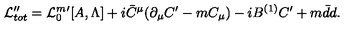
{ \cal L } _ { t o t } ^ { \prime \prime } = { \cal L } _ { 0 } ^ { m } { } ^ { \prime } [ A , \Lambda ] + i \bar { C } ^ { \mu } ( \partial _ { \mu } C ^ { \prime } - m C _ { \mu } ) - i B ^ { ( 1 ) } C ^ { \prime } + m \bar { d } d .